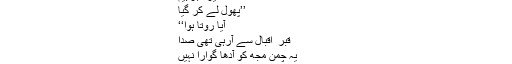
عشقِ کنارہ
مغیرہ ابراہیم
’’پھول لے کر گیا
آیا روتا ہوا‘‘
قبر ِ اقبالؒ سے آرہی تھی صدا
یہ چمن مجھ کو آدھا گوارا نہیں
شہر ِ ماتم تھا اقبال کا مقبرہ
خون میں لت پت کھڑے تھے لیاقت علی